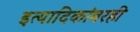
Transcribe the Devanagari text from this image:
इत्यादिकांवरही